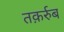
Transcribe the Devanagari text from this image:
तक़र्रुब